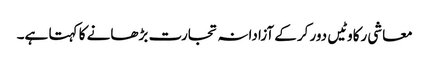
معاشی رکاوٹیں دور کرکے آزادانہ تجارت بڑھانے کا کہتا ہے۔